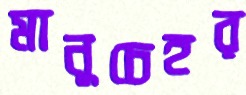
মানুচেহর